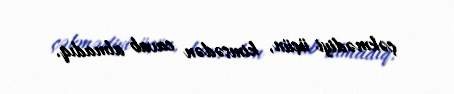
çəkmədiyi üçün, kimsədən cavab almadıq.